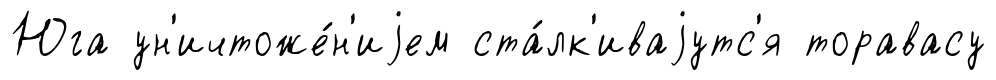
Юга ун'ичтоже́н'иjем ста́лк'иваjутс'я торавасу